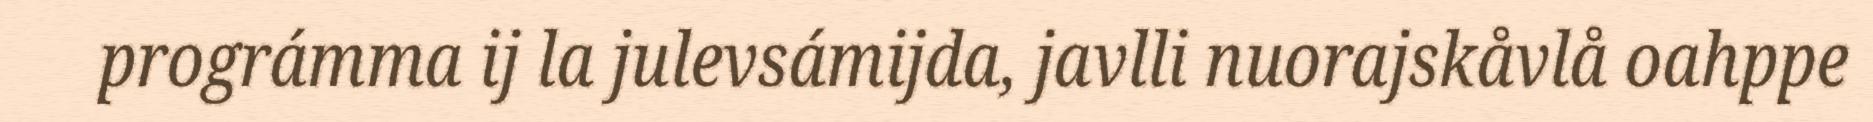
prográmma ij la julevsámijda, javlli nuorajskåvlå oahppe